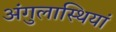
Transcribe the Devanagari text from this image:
अंगुलास्थियां